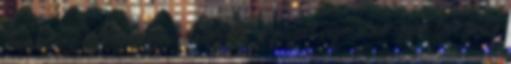
kompetens. Jelentkezési határidő: a főszál vége után számított kettő